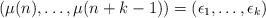
\begin{align*}(\mu(n),\dots,\mu(n+k-1)) = (\epsilon_1,\dots,\epsilon_k)\end{align*}